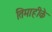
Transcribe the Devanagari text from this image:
तिमाहीके